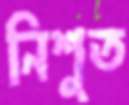
নিশুত